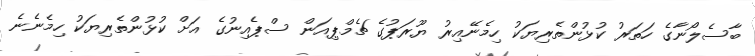
ބާސެލޯނާގެ ހަތަރު ކުޅުންތެރިޔަކު ހިމެނޭއިރު ޔޫރަޕުގެ ޗެމްޕިއަން ސްޕެއިނުގެ އަށް ކުޅުންތެރިޔަކު ހިމެނެނެ